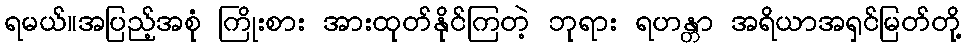
ရမယ်။အပြည့်အစုံ ကြိုးစား အားထုတ်နိုင်ကြတဲ့ ဘုရား ရဟန္တာ အရိယာအရှင်မြတ်တို့